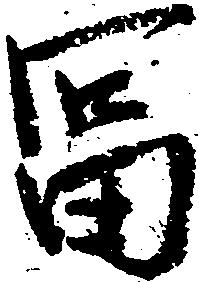
富